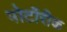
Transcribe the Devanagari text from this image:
पोर्टोरीक